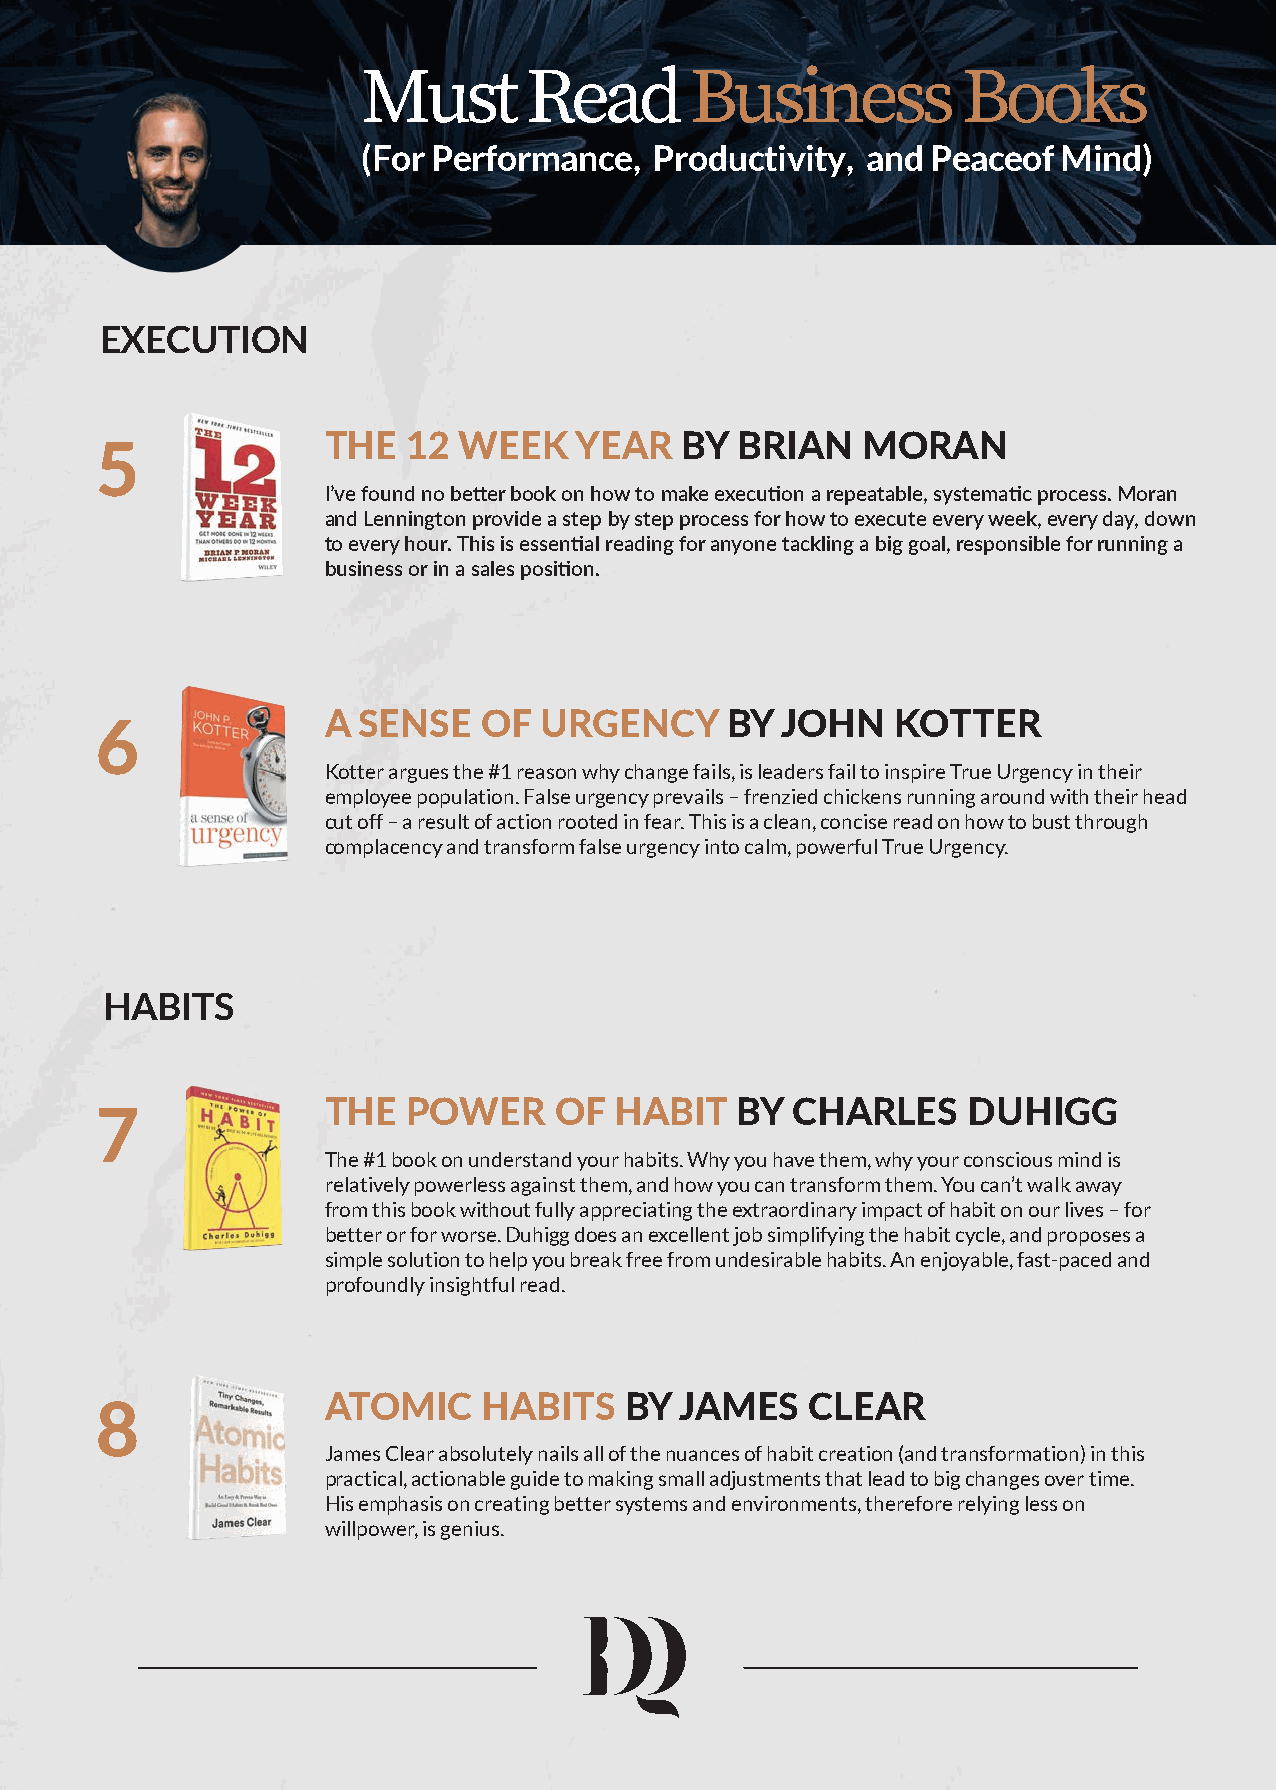
Must       Read       Business          Books
 (For Performance,  Productivity, and  Peaceof Mind)
 EXECUTION
 THE   12 WEEK    YEAR   BY  BRIAN   MORAN
 5
 I’ve found no better book on how to make execution a repeatable, systematic process. Moran
 and Lennington provide a step by step process for how to execute every week, every day, down
 to every hour. This is essential reading for anyone tackling a big goal, responsible for running a
 business or in a sales position.
 A  SENSE   OF  URGENCY     BY  JOHN   KOTTER
 6
 Kotter argues the #1 reason why change fails, is leaders fail to inspire True Urgency in their
 employee population. False urgency prevails – frenzied chickens running around with their head
 cut off – a result of action rooted in fear. This is a clean, concise read on how to bust through
 complacency and transform false urgency into calm, powerful True Urgency.
 HABITS
 THE   POWER     OF  HABIT   BY CHARLES     DUHIGG
 7
 The #1 book on understand your habits. Why you have them, why your conscious mind is
 relatively powerless against them, and how you can transform them. You can’t walk away
 from this book without fully appreciating the extraordinary impact of habit on our lives – for
 better or for worse. Duhigg does an excellent job simplifying the habit cycle, and proposes a
 simple solution to help you break free from undesirable habits. An enjoyable, fast-paced and
 profoundly insightful read.
 ATOMIC     HABITS   BY  JAMES    CLEAR
 8
 James Clear absolutely nails all of the nuances of habit creation (and transformation) in this
 practical, actionable guide to making small adjustments that lead to big changes over time.
 His emphasis on creating better systems and environments, therefore relying less on
 willpower, is genius.